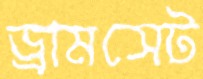
ড্রামসেট